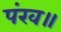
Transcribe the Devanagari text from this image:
पंख॥